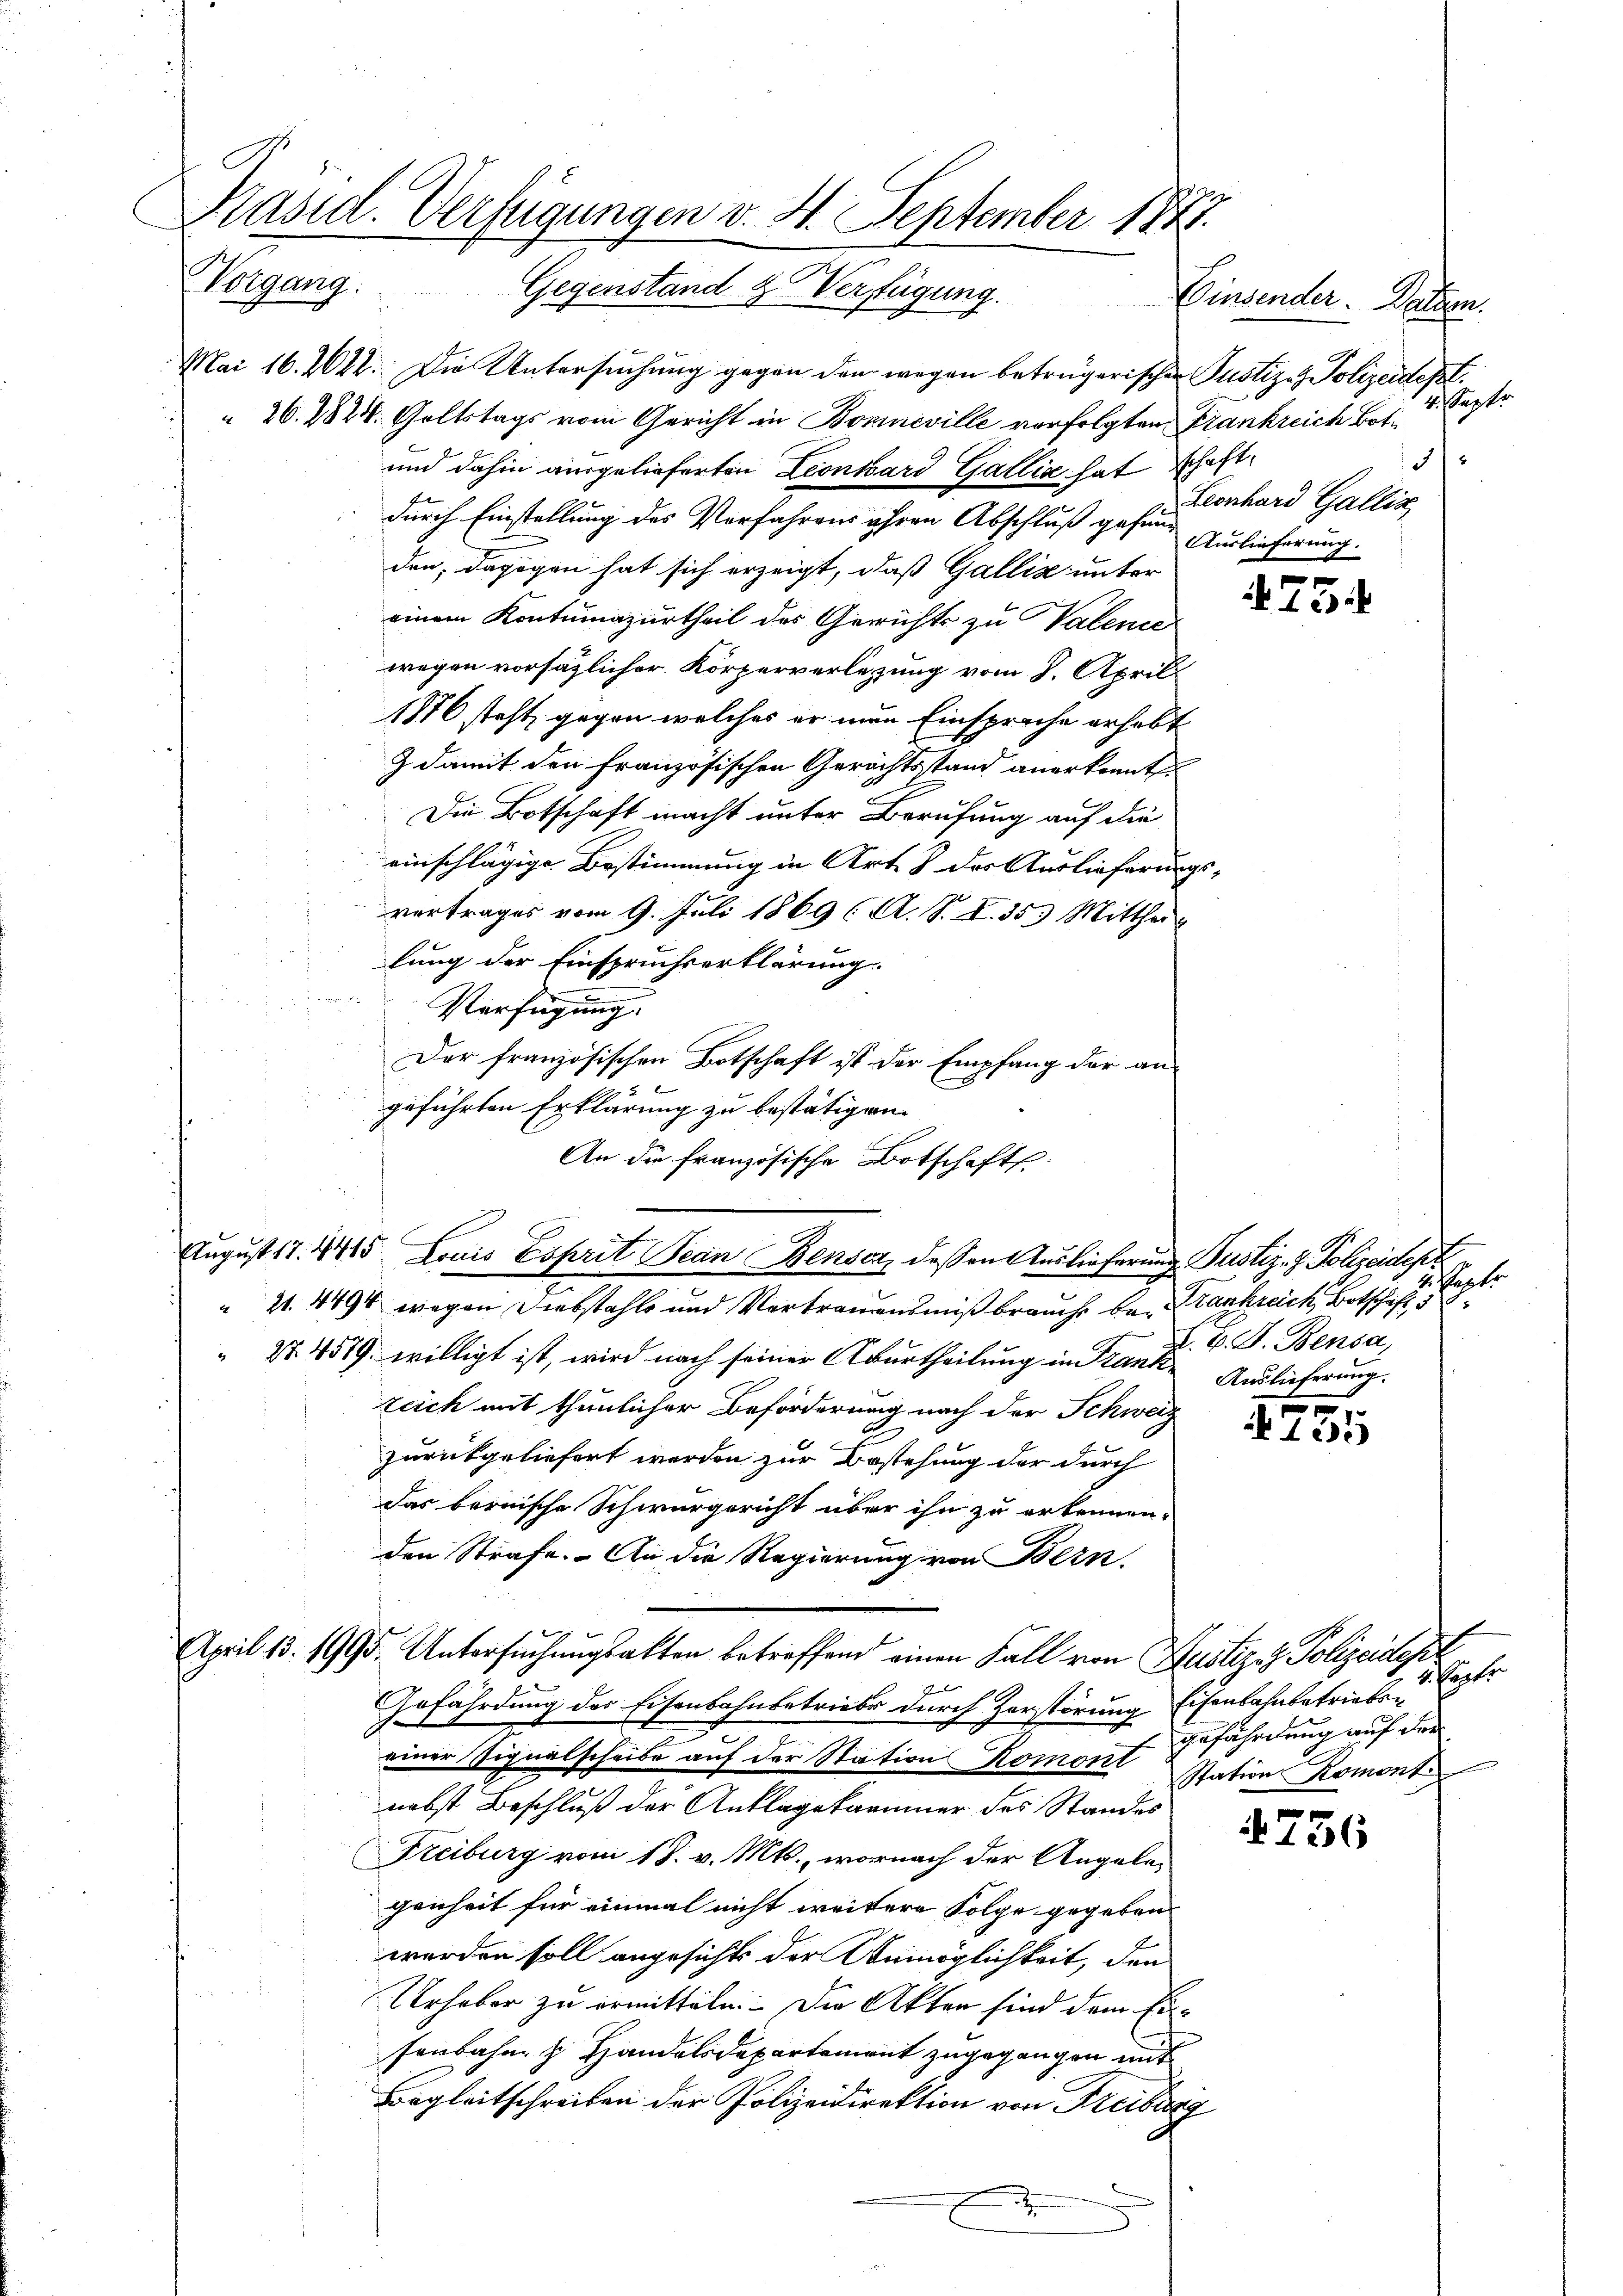
Präsid. Verfügungen v. 4. September 1878.
Vorgang. Gegenstand & Verfügung.
Mai 16. 1622. Die Untersuchung gegen den wegen betrügerischen Pustiz- & Polizeidept.
 26. 1824. Goltstags vom Gericht in Bonneville vorfolgten Frankreich Bot¬

und dahin ausgelieferten Leonhard Gallia hat schaftdurch Einstellung des Verfahrens ihren Abschluß gehen Auslieferung.
den, dagegen hat sich erzeigt, daß Gallis unter
einem Kontumazurtheil des Gerichts zu Valence
wegen vorsäzlicher Körperverlegung vom 8. April
1876 steht, gegen welches er man Einsprache erhebt
 damit den französischen Gerichtsstand anerkennt
Die Botschaft macht unter Berufung auf die
einschlägige Bestimmung in Art. 8 des Auslieferungs
vertrages vom 9. Juli 1869 (A. S. I. 35 Mitthei
lung der Einspruchserklärung.
Verfügung.
Der französischen Botschaft ist der Empfang der an-
geführten Erklärung zu bestätigen.
An die französische Botschafts
 27. 4519. willigt ist, wird nach seiner Aburtheilung in Stank- Auslieferung.
Zeich mit thunlicher Beförderung nach der Schweiz
zurückgeliefert werden zur Bestehung der durch
das bernische Schwurgericht über ihn zu erkennen.
den Strafe. An die Regierung von Bern.
April 13. 1995. Untersuchungsakten betreffend einen Fall von Zustizez Polizeidept
f
Aefährdung des Eisenbahnbetriebe durch Zerstörung Eisenbahnbetriebss
einer Signalscheibe auf der Station Romont station Romont
nebst Beschluß der Anklagekammer des Standes
Freiburg vom 18. v. Mts., wornach der Angelegenheit für einmal nicht weitere Folge gegeben
werden soll angesichts der Unmöglichkeit, den
Urhaber zu ermitteln. Die Akten sind dem Eisenbahn z Handelsdepartement zugegangen mit
Begleitschreiben der Polizeidirektion von Freiburg
d
.

August 17. 415 Frais Esprit Jean Benser, dessen Auslieferung Pustiz- & Polizeidep
“ 21. 4894 wegen Diebstahls und Vertrauensmißbrauche bei Krankreich, Botschaft, d

4. Septe
3
Leonhard Galliz

Einsender. Balten.

.

475.

gesagt
L. v. J. Bensa,

f
N 122

4. Sept.
gefährdung auf der

756